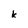
Character: k